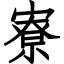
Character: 寮